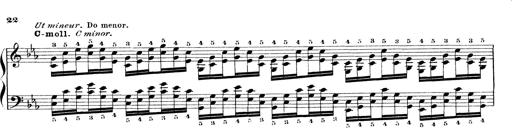
Title: Technische Studien
Composer: Franz Liszt